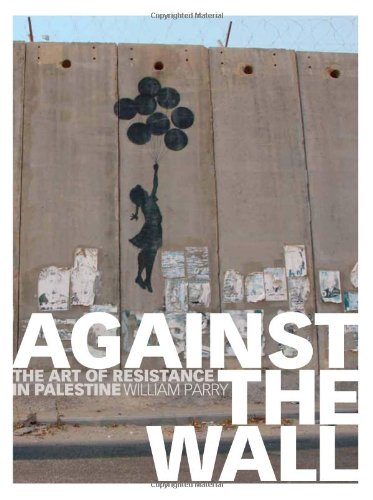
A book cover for Against the Wall: The Art of Resistance in Palestine; William Parry; Arts & Photography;